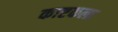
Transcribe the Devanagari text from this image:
काष्टकला